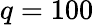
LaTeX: q=100